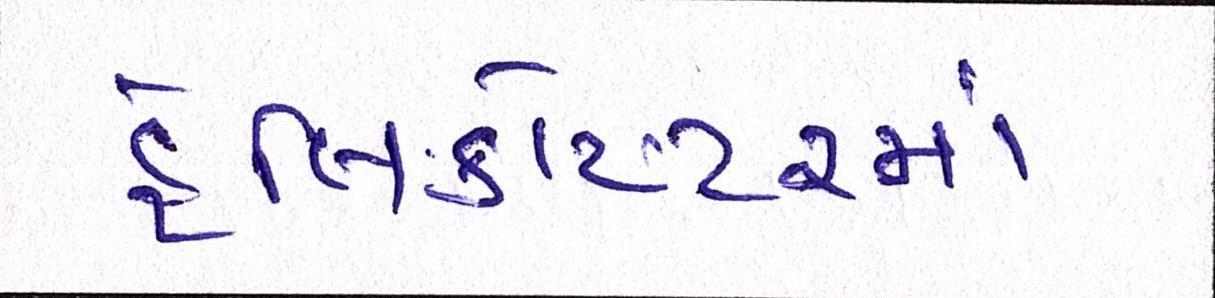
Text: હેલિકોપ્ટરમાં